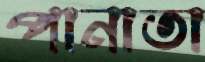
পানাতা